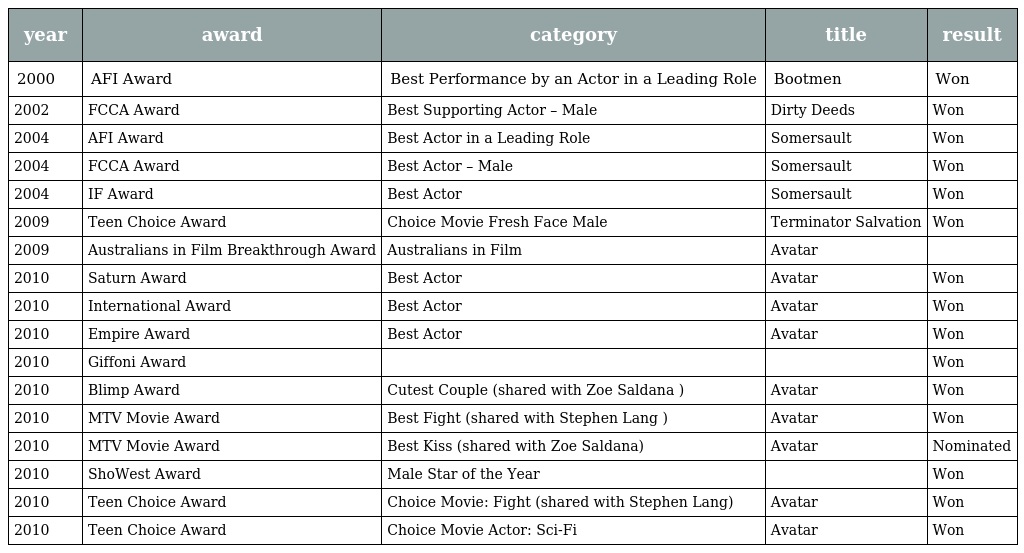
| year | award | category | title | result |
 | --- | --- | --- | --- | --- |
 | 2000 | AFI Award | Best Performance by an Actor in a Leading Role | Bootmen | Won |
 | 2002 | FCCA Award | Best Supporting Actor – Male | Dirty Deeds | Won |
 | 2004 | AFI Award | Best Actor in a Leading Role | Somersault | Won |
 | 2004 | FCCA Award | Best Actor – Male | Somersault | Won |
 | 2004 | IF Award | Best Actor | Somersault | Won |
 | 2009 | Teen Choice Award | Choice Movie Fresh Face Male | Terminator Salvation | Won |
 | 2009 | Australians in Film Breakthrough Award | Australians in Film | Avatar |  |
 | 2010 | Saturn Award | Best Actor | Avatar | Won |
 | 2010 | International Award | Best Actor | Avatar | Won |
 | 2010 | Empire Award | Best Actor | Avatar | Won |
 | 2010 | Giffoni Award |  |  | Won |
 | 2010 | Blimp Award | Cutest Couple (shared with Zoe Saldana ) | Avatar | Won |
 | 2010 | MTV Movie Award | Best Fight (shared with Stephen Lang ) | Avatar | Won |
 | 2010 | MTV Movie Award | Best Kiss (shared with Zoe Saldana) | Avatar | Nominated |
 | 2010 | ShoWest Award | Male Star of the Year |  | Won |
 | 2010 | Teen Choice Award | Choice Movie: Fight (shared with Stephen Lang) | Avatar | Won |
 | 2010 | Teen Choice Award | Choice Movie Actor: Sci-Fi | Avatar | Won |